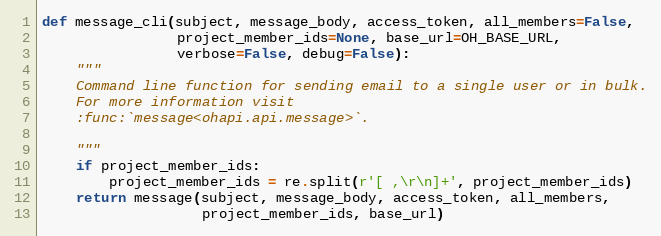
Language: Python
def message_cli(subject, message_body, access_token, all_members=False,
                project_member_ids=None, base_url=OH_BASE_URL,
                verbose=False, debug=False):
    """
    Command line function for sending email to a single user or in bulk.
    For more information visit
    :func:`message<ohapi.api.message>`.

    """
    if project_member_ids:
        project_member_ids = re.split(r'[ ,\r\n]+', project_member_ids)
    return message(subject, message_body, access_token, all_members,
                   project_member_ids, base_url)